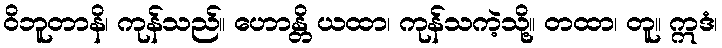
ဝိဘူတာနိ၊ ကုန်သည်။ ဟောန္တိ ယထာ၊ ကုန်သကဲ့သို့။ တထာ၊ တူ။ ဣဒံ၊